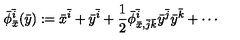
\bar { \phi } _ { \bar { x } } ^ { \bar { i } } ( \bar { y } ) : = \bar { x } ^ { \bar { i } } + \bar { y } ^ { \bar { i } } + \frac 1 2 \bar { \phi } _ { \bar { x } , \bar { j } \bar { k } } ^ { \bar { i } } \bar { y } ^ { \bar { j } } \bar { y } ^ { \bar { k } } + \cdots